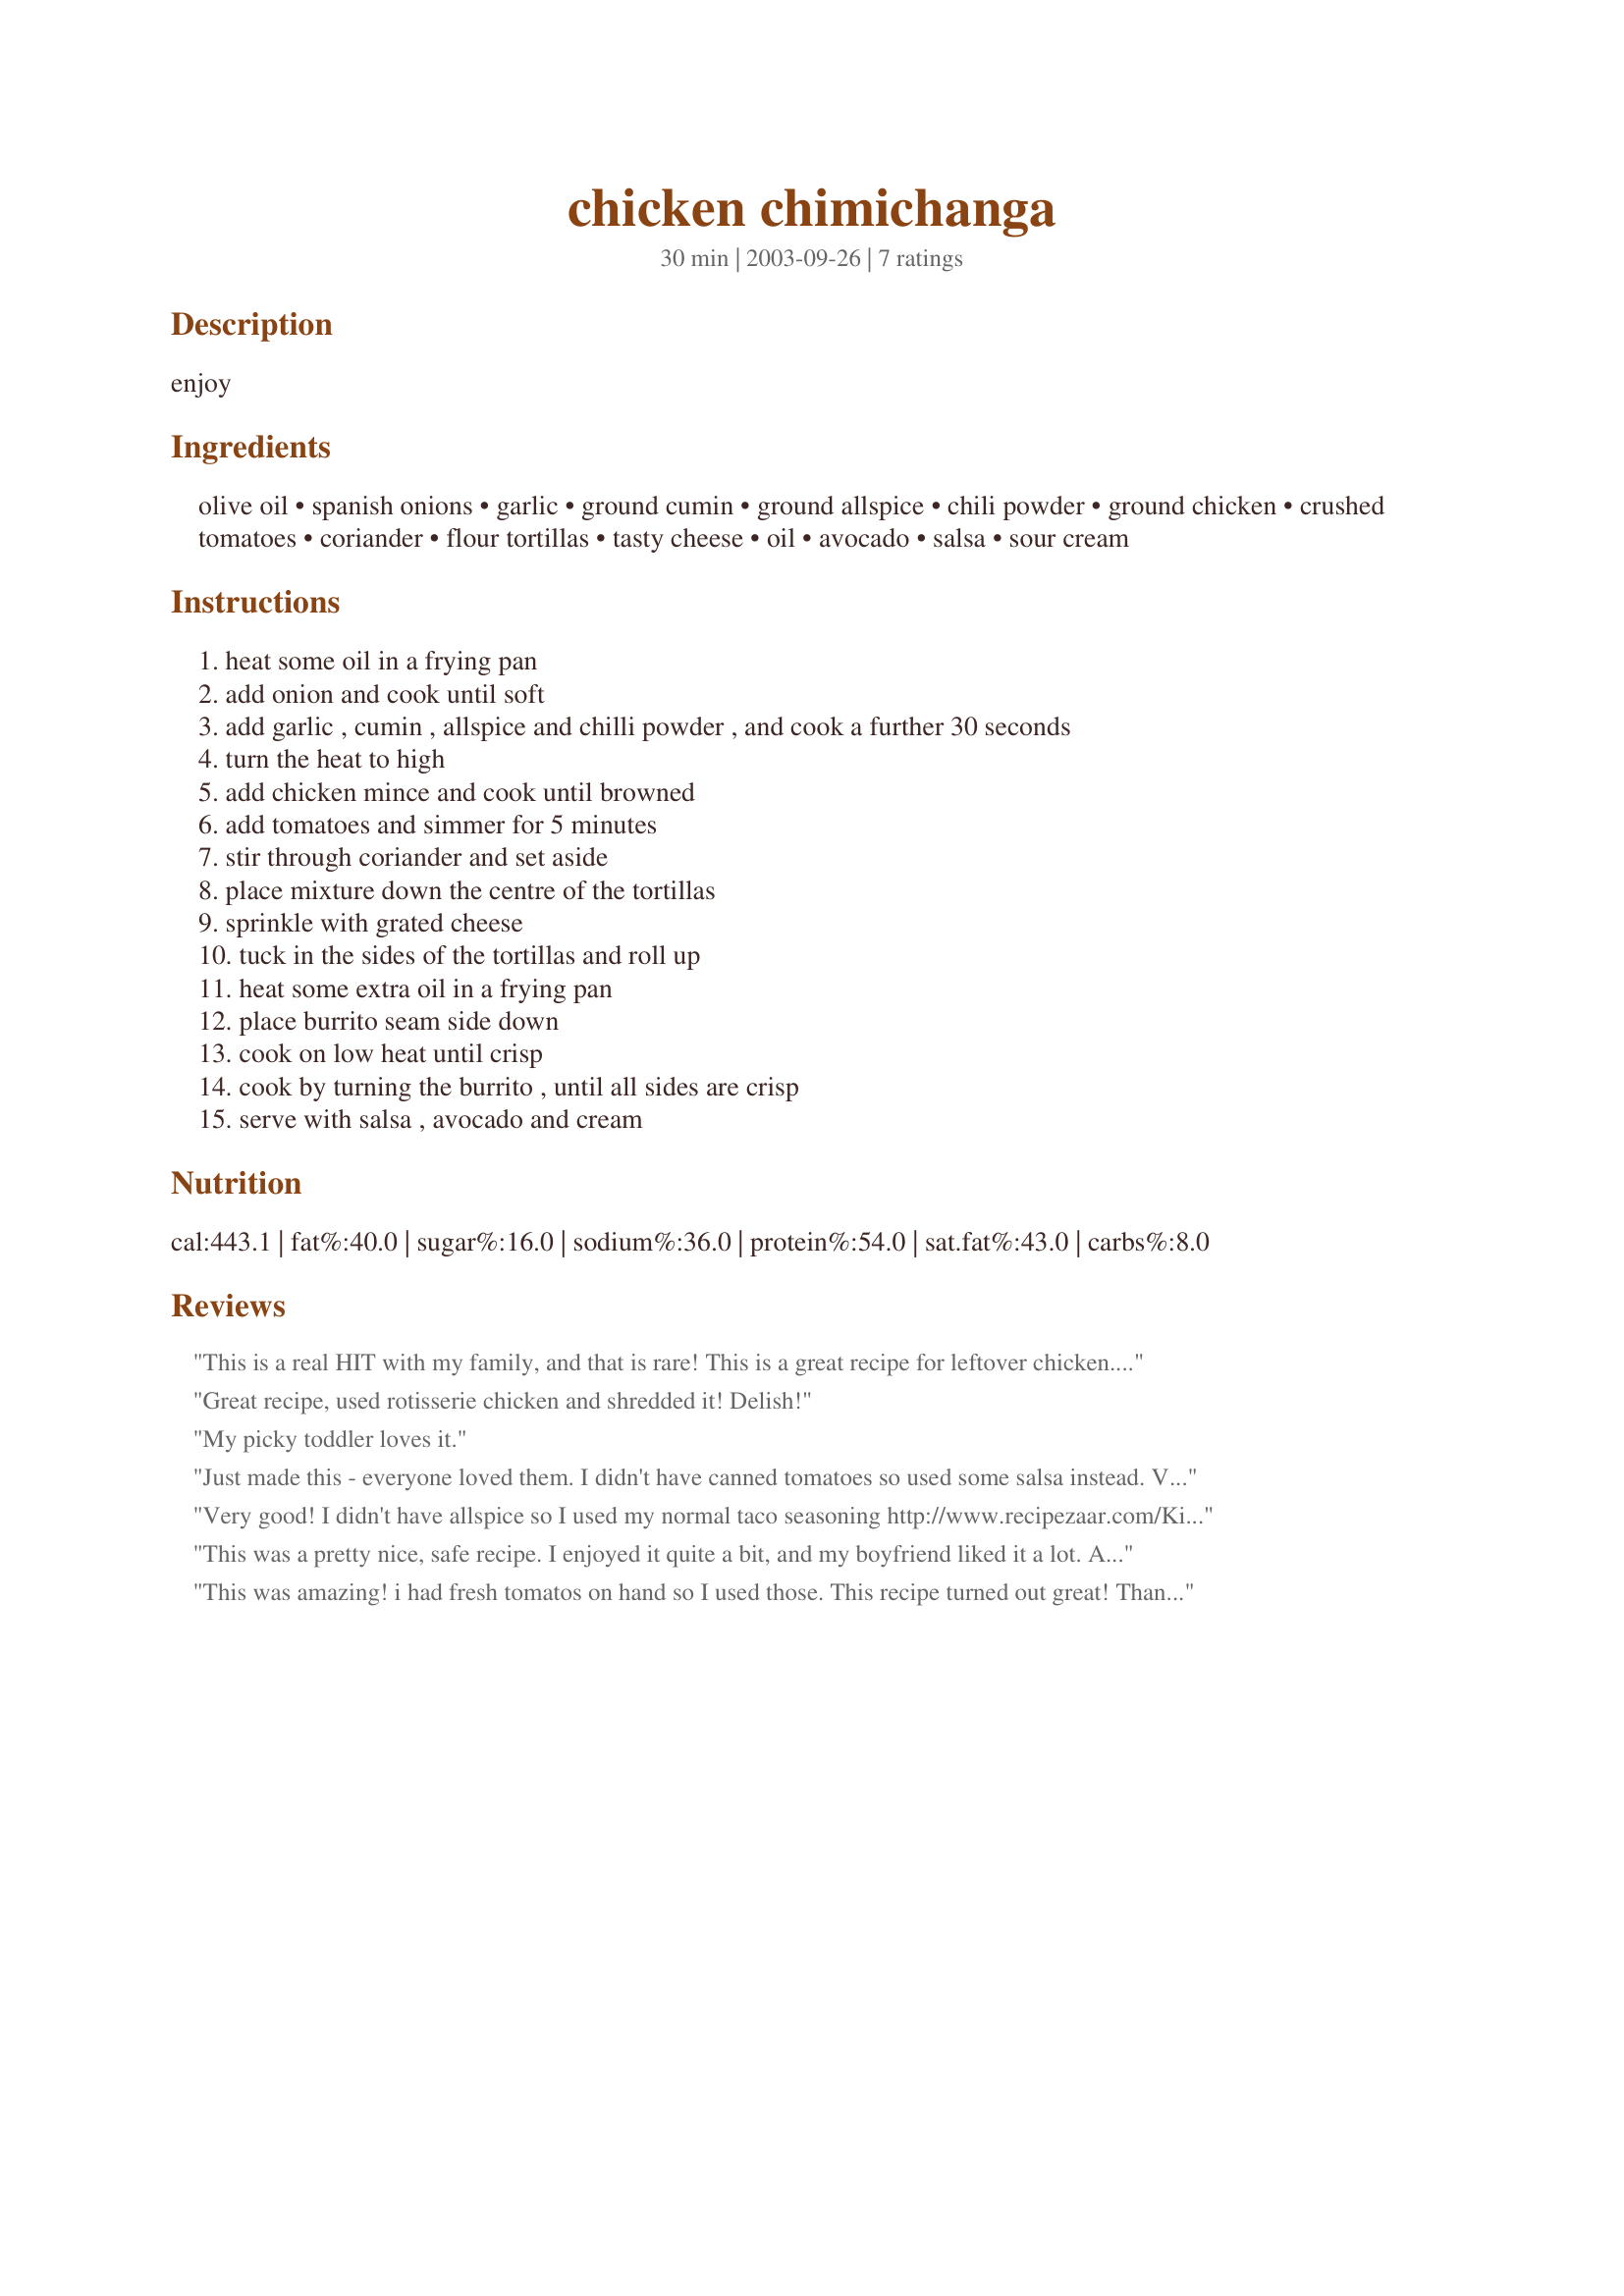
chicken chimichanga
Preparation time: 30 minutes

enjoy

Ingredients:
olive oil, spanish onions, garlic, ground cumin, ground allspice, chili powder, ground chicken, crushed tomatoes, coriander, flour tortillas, tasty cheese, oil, avocado, salsa, sour cream

Steps:
heat some oil in a frying pan, add onion and cook until soft, add garlic , cumin , allspice and chilli powder , and cook a further 30 seconds, turn the heat to high, add chicken mince and cook until browned, add tomatoes and simmer for 5 minutes, stir through coriander and set aside, place mixture down the centre of the tortillas, sprinkle with grated cheese, tuck in the sides of the tortillas and roll up, heat some extra oil in a frying pan, place burrito seam side down, cook on low heat until crisp, cook by turning the burrito , until all sides are crisp, serve with salsa , avocado and cream

Reviews:
This is a real HIT with my family, and that is rare! This is a great recipe for leftover chicken. I make extra for the family to heat up for lunches & snacks. Everyone loves them!
Great recipe, used rotisserie chicken and shredded it! Delish!
My picky toddler loves it.
Just made this - everyone loved them. I didn't have canned tomatoes so used some salsa instead. Very tasty.
Very good! I didn't have allspice so I used my normal taco seasoning http://www.recipezaar.com/Kittencals-Taco-Seasoning-Mix-76616 I also omitted the Coriander and I added some green chilis. I cooked up some boneless chicken breasts in the seasonings and then ran it through the food processor and these came out awesome! I served them with http://www.recipezaar.com/Taco-Bell-Taco-Sauce-60254 and http://www.recipezaar.com/Mexican-Rice-117892 and some homemade refried beans and my family devoured them! Thanks for posting!
This was a pretty nice, safe recipe. I enjoyed it quite a bit, and my boyfriend liked it a lot. Although, I did feel as though the mixture was missing something. Maybe salt? I'm not sure, but I look forward to tweaking this recipe in the future!
This was amazing! i had fresh tomatos on hand so I used those. This recipe turned out great! Thanks for sharing!
